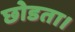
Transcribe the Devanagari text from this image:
छोडता।